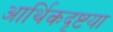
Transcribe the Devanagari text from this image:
आर्थिकदृष्टया